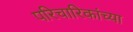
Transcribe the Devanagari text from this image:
परिचारिकांच्या